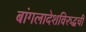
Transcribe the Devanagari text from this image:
बांगलादेशविरुद्धची